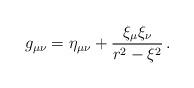
LaTeX: \begin{align*}g_{\mu\nu}=\eta_{\mu\nu}+\frac{\xi_{\mu}\xi_{\nu}}{r^{2}-\xi^{2}}\, .\end{align*}